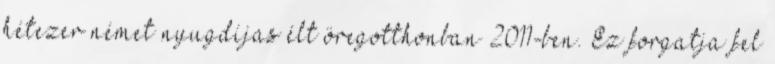
hétezer német nyugdíjas élt öregotthonban 2011-ben. Ez forgatja fel